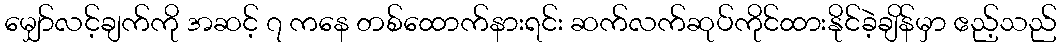
မျှော်လင့်ချက်ကို အဆင့် ၇ ကနေ တစ်ထောက်နားရင်း ဆက်လက်ဆုပ်ကိုင်ထားနိုင်ခဲ့ချိန်မှာ ဧည့်သည်